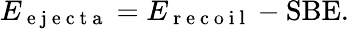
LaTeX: E_{\mathrm{~e~j~e~c~t~a~}}=E_{\mathrm{~r~e~c~o~i~l~}}-\mathrm{SBE}.